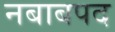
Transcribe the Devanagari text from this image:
नबाबपद